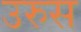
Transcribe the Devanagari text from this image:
उरुस